Plague in India, 1896, 1897 - Volume 3
Year: 1896
Disease focus: Plague
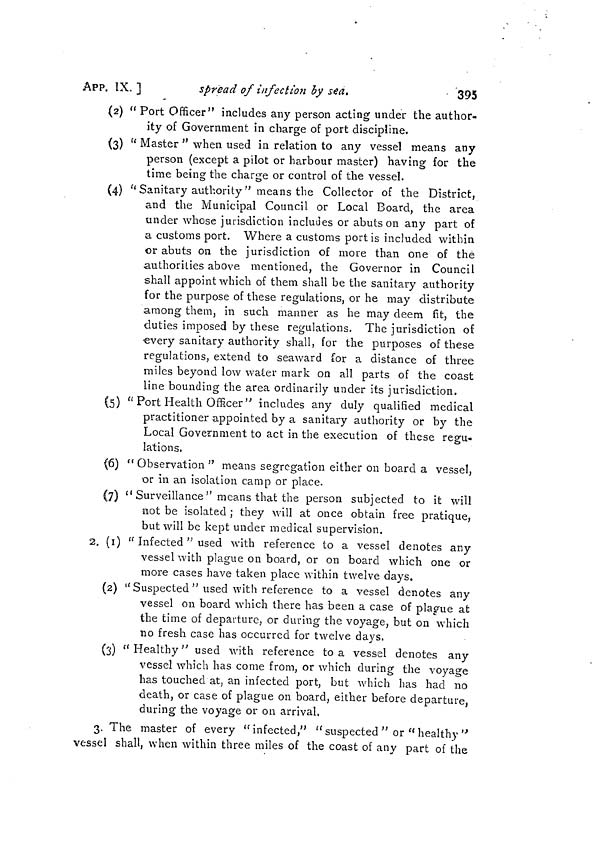
395
APP. IX. ]
spread of infection by sea.
(2) " Port Officer" includes any person acting under the author-
ity of Government in charge of port discipline.
(3) "Master " when used in relation to any vessel means any
person (except a pilot or harbour master) having for the
time being the charge or control of the vessel.
O
O
(4) " Sanitary authority " means the Collector of the District,
and the Municipal Council or Local Board, the area
under whose jurisdiction includes or abuts on any part of
a customs port. Where a customs port is included within
or abuts on the jurisdiction of more than one of the
authorities above mentioned, the Governor in Council
shall appoint which of them shall be the sanitary authority
for the purpose of these regulations, or he may distribute
among them, in such manner as he may deem fit, the
duties imposed by these regulations. The jurisdiction of
every sanitary authority shall, for the purposes of these
regulations, extend to seaward for a distance of three
miles beyond low water mark on all parts of the coast
line bounding the area ordinarily under its jurisdiction.
(5) " Port Health Officer" includes any duly qualified medical
practitioner appointed by a sanitary authority or by the
Local Government to act in the execution of these regu-
lations.
(6) "Observation" means segregation either on board a vessel,
or in an isolation camp or place.
(7) " Surveillance " means that the person subjected to it will
not be isolated ; they will at once obtain free pratique,
but will be kept under medical supervision.
2. (1) " Infected " used with reference to a vessel denotes any
vessel with plague on board, or on board which one or
more cases have taken place within twelve days.
(2) " Suspected " used with reference to a vessel denotes any
vessel on board which there has been a case of plague at
the time of departure, or during the voyage, but on which
no fresh case has occurred for twelve days.
(3) " Healthy" used with reference to a vessel denotes any
vessel which has come from, or which during the voyage
has touched at, an infected port, but which has had no
death, or case of plague on board, either before departure,
during the voyage or on arrival.
3. The master of every "infected," " suspected " or " healthy "
vessel shall, when within three miles of the coast of any part of the